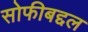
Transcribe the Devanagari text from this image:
सोफीबद्दल